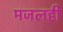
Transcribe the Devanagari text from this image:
मजलही